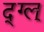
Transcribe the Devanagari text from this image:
द्ग्ल्